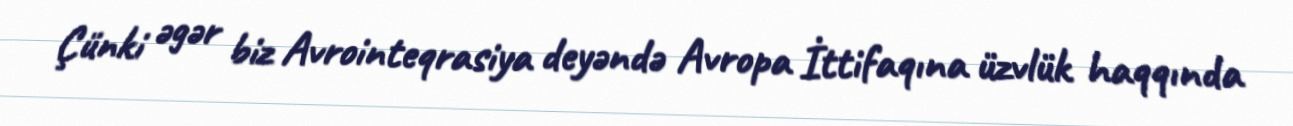
Çünki əgər biz Avrointeqrasiya deyəndə Avropa İttifaqına üzvlük haqqında